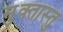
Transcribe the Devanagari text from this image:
मुक्तास्तु